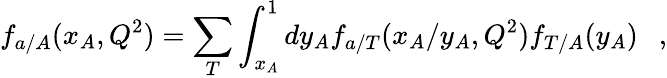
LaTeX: f_{a/A}(x_{A},Q^{2})=\sum_{T}\int_{x_{A}}^{1}dy_{A}f_{a/T}(x_{A}/y_{A},Q^{2})f_{T/A}(y_{A})\ \ \ ,